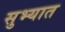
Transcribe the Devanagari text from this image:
सुभ्यात